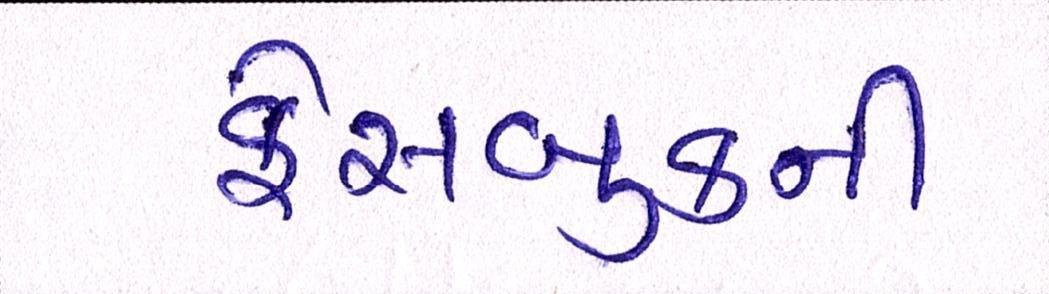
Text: ફેસબુકની